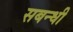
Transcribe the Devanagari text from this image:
सबन्धी